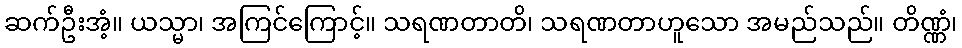
ဆက်ဦးအံ့။ ယသ္မာ၊ အကြင်ကြောင့်။ သရဏတာတိ၊ သရဏတာဟူသော အမည်သည်။ တိဏ္ဏံ၊